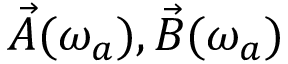
\vec { A } ( \omega _ { a } ) , \vec { B } ( \omega _ { a } )